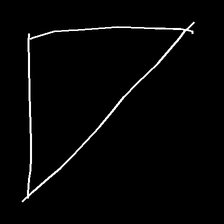
Glyph: convergence